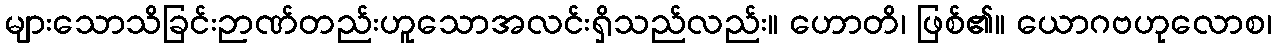
များသောသိခြင်းဉာဏ်တည်းဟူသောအလင်းရှိသည်လည်း။ ဟောတိ၊ ဖြစ်၏။ ယောဂဗဟုလောစ၊